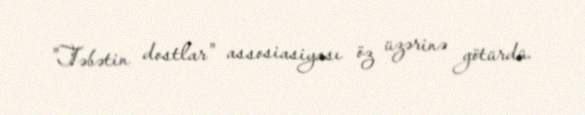
"Təbətin dostlar" assosiasiyası öz üzərinə götürdü.